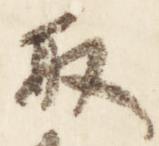
取